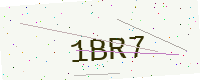
Text: 1BR7